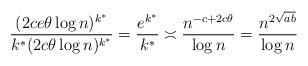
LaTeX: \begin{align*}\frac{(2 c e \theta \log n)^{k^{\ast}}}{k^\ast (2 c \theta \log n)^{k^{\ast}}} =\frac{e^{k^{\ast}}}{k^{\ast}} \asymp \frac{n^{-c + 2c \theta}}{\log n} =\frac{n^{2\sqrt{ab}}}{\log n}\end{align*}